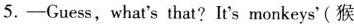
5.-Guess,what's that?It's monkeys'(猴